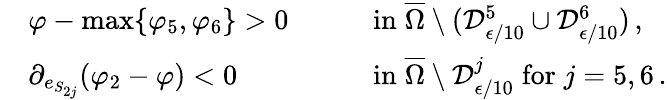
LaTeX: \begin{array}{rlrl}&{\varphi-\operatorname*{max}\{ \varphi_{5},\varphi_{6}\} >0\quad}&&{\mathrm{in}\; \overline{{\Omega}}\setminus(\mathcal{D}_{\epsilon/10}^{5}\cup\mathcal{D}_{\epsilon/10}^{6})\, ,}\\ &{\partial_{e_{S_{2j}}}(\varphi_{2}-\varphi)<0\quad}&&{\mathrm{in}\; \overline{{\Omega}}\setminus\mathcal{D}_{\epsilon/10}^{j}\; \mathrm{for}\; j=5,6\, .}\end{array}